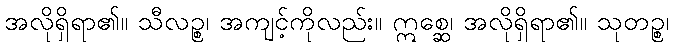
အလိုရှိရာ၏။ သီလဉ္စ၊ အကျင့်ကိုလည်း။ ဣစ္ဆေ၊ အလိုရှိရာ၏။ သုတဉ္စ၊